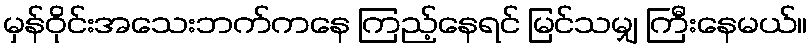
မှန်ဝိုင်းအသေးဘက်ကနေ ကြည့်နေရင် မြင်သမျှ ကြီးနေမယ်။